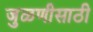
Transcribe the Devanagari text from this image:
जुळणीसाठी